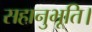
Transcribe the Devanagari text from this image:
सहानुभूति।